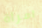
امرأة